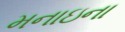
મનાઇના